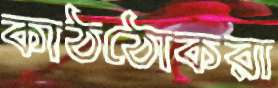
কাঠঠোকরা